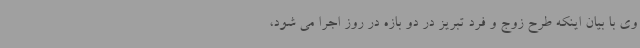
وی با بیان اینکه طرح زوج و فرد تبریز در دو بازه در روز اجرا می شود،